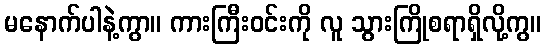
မနောက်ပါနဲ့ကွာ။ ကားကြီးဝင်းကို လူ သွားကြိုစရာရှိလို့ကွ။